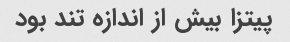
پیتزا بیش از اندازه تند بود